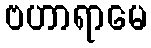
ဗဟာရာမေ